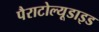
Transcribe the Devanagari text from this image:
पैराटोल्यूडाइड